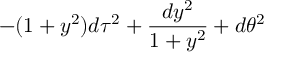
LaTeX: - ( 1 + y ^ { 2 } ) d \tau ^ { 2 } + { \frac { d y ^ { 2 } } { 1 + y ^ { 2 } } } + d \theta ^ { 2 }